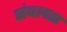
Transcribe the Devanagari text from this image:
संबलता